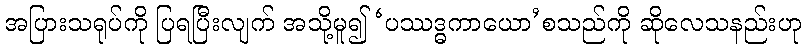
အပြားသရုပ်ကို ပြရပြီးလျက် အသို့မူ၍ ‘ပဿဒ္ဓကာယော’စသည်ကို ဆိုလေသနည်းဟု